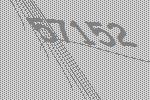
57152